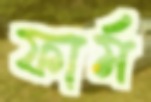
ফার্ম